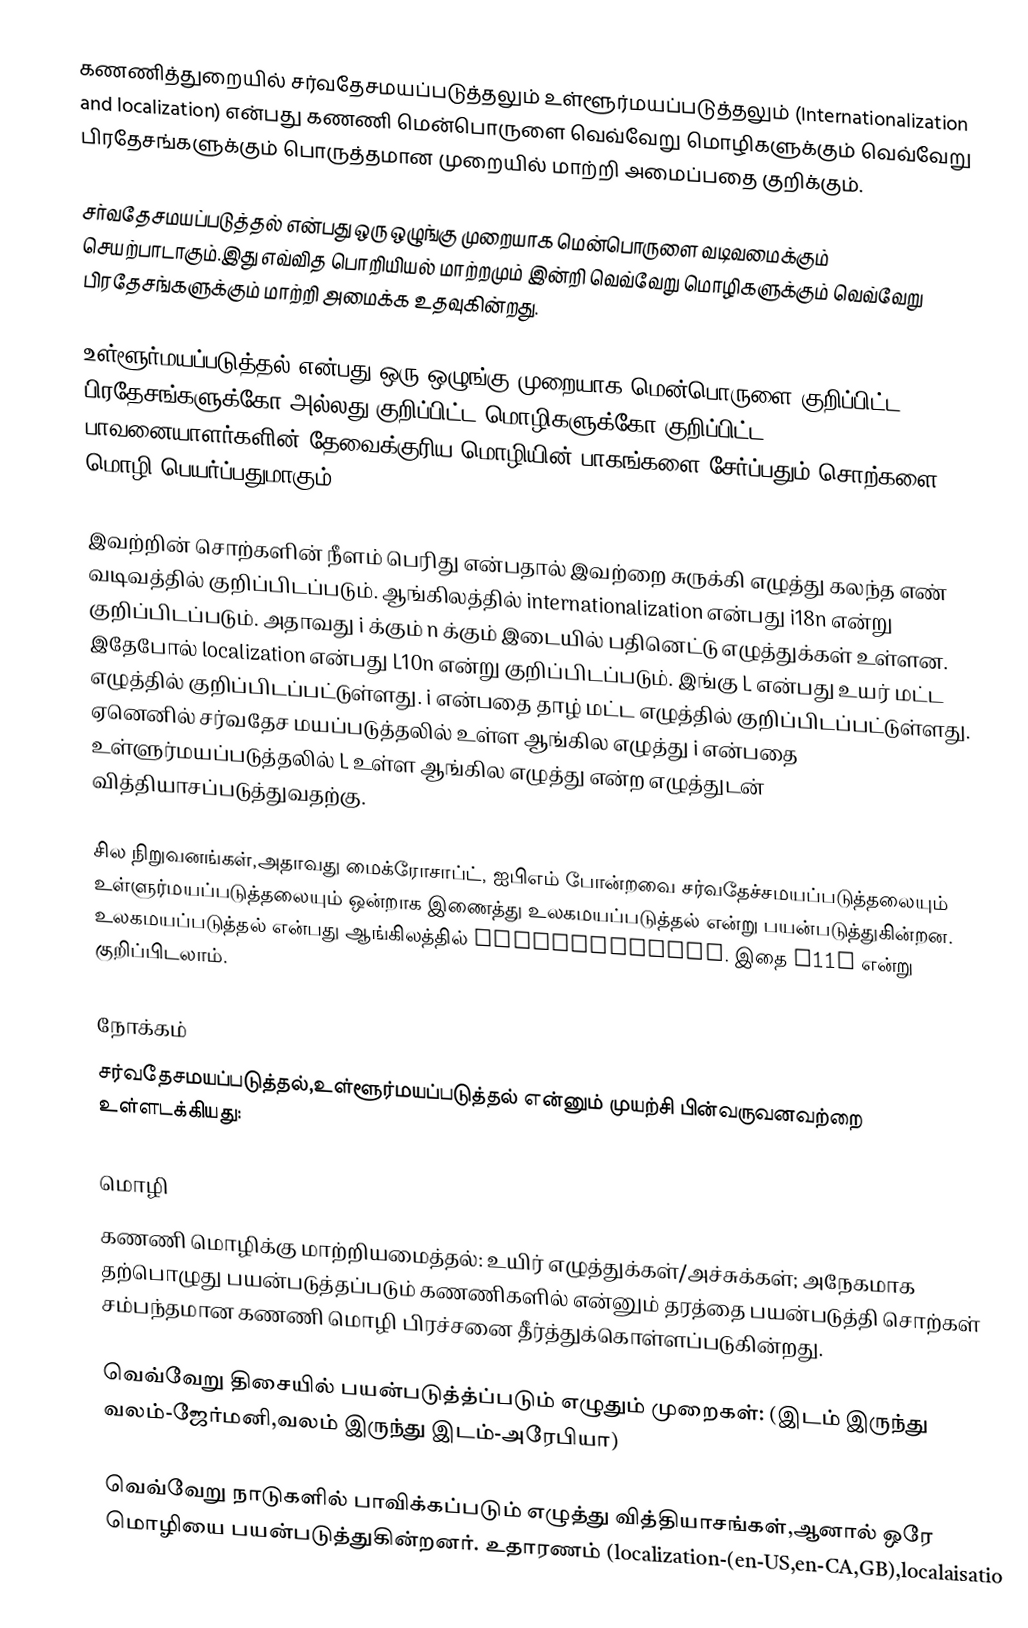
கணணித்துறையில் சர்வதேசமயப்படுத்தலும் உள்ளூர்மயப்படுத்தலும் (Internationalization and localization) என்பது கணணி மென்பொருளை வெவ்வேறு  மொழிகளுக்கும் வெவ்வேறு  பிரதேசங்களுக்கும் பொருத்தமான முறையில் மாற்றி அமைப்பதை குறிக்கும்.

சர்வதேசமயப்படுத்தல் என்பது ஒரு ஒழுங்கு முறையாக மென்பொருளை வடிவமைக்கும் செயற்பாடாகும்.இது எவ்வித பொறியியல் மாற்றமும் இன்றி வெவ்வேறு  மொழிகளுக்கும் வெவ்வேறு பிரதேசங்களுக்கும் மாற்றி அமைக்க உதவுகின்றது.

உள்ளூர்மயப்படுத்தல் என்பது ஒரு ஒழுங்கு முறையாக மென்பொருளை குறிப்பிட்ட பிரதேசங்களுக்கோ அல்லது  குறிப்பிட்ட மொழிகளுக்கோ  குறிப்பிட்ட பாவனையாளர்களின் தேவைக்குரிய மொழியின் பாகங்களை சேர்ப்பதும் சொற்களை மொழி பெயர்ப்பதுமாகும்.

இவற்றின் சொற்களின் நீளம் பெரிது என்பதால் இவற்றை சுருக்கி எழுத்து கலந்த எண் வடிவத்தில் குறிப்பிடப்படும். ஆங்கிலத்தில் internationalization என்பது i18n  என்று குறிப்பிடப்படும். அதாவது i க்கும் n க்கும்  இடையில் பதினெட்டு எழுத்துக்கள் உள்ளன. இதேபோல் localization என்பது L10n என்று குறிப்பிடப்படும். இங்கு L என்பது உயர் மட்ட எழுத்தில் குறிப்பிடப்பட்டுள்ளது. i என்பதை தாழ்  மட்ட எழுத்தில் குறிப்பிடப்பட்டுள்ளது. ஏனெனில் சர்வதேச மயப்படுத்தலில் உள்ள ஆங்கில எழுத்து i என்பதை உள்ளுர்மயப்படுத்தலில்  L உள்ள ஆங்கில எழுத்து என்ற எழுத்துடன் வித்தியாசப்படுத்துவதற்கு.

சில நிறுவனங்கள்,அதாவது மைக்ரோசாப்ட், ஐபிஎம் போன்றவை சர்வதேச்சமயப்படுத்தலையும் உள்ளுர்மயப்படுத்தலையும் ஒன்றாக இணைத்து உலகமயப்படுத்தல் என்று பயன்படுத்துகின்றன. உலகமயப்படுத்தல் என்பது ஆங்கிலத்தில் Globalization. இதை g11n என்று குறிப்பிடலாம்.

நோக்கம்
சர்வதேசமயப்படுத்தல்,உள்ளூர்மயப்படுத்தல் என்னும் முயற்சி பின்வருவனவற்றை உள்ளடக்கியது:

மொழி
 கணணி மொழிக்கு மாற்றியமைத்தல்: உயிர் எழுத்துக்கள்/அச்சுக்கள்; அநேகமாக தற்பொழுது பயன்படுத்தப்படும் கணணிகளில் என்னும் தரத்தை பயன்படுத்தி சொற்கள் சம்பந்தமான கணணி மொழி பிரச்சனை தீர்த்துக்கொள்ளப்படுகின்றது.

 வெவ்வேறு  திசையில் பயன்படுத்த்ப்படும் எழுதும் முறைகள்: (இடம் இருந்து வலம்-ஜேர்மனி,வலம் இருந்து இடம்-அரேபியா)

 வெவ்வேறு நாடுகளில் பாவிக்கப்படும் எழுத்து வித்தியாசங்கள்,ஆனால் ஒரே மொழியை பயன்படுத்துகின்றனர். உதாரணம் (localization-(en-US,en-CA,GB),localaisatio